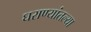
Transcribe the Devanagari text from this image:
घराण्यांतल्या